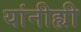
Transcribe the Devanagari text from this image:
यांनीह्यी